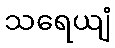
သရေယျံ